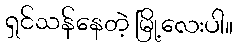
ရှင်သန်နေတဲ့ မြို့လေးပါ။